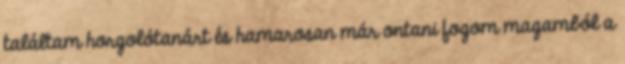
találtam horgolótanárt és hamarosan már ontani fogom magamból a